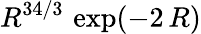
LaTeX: R^{34/3}\, \exp(-2\, R)